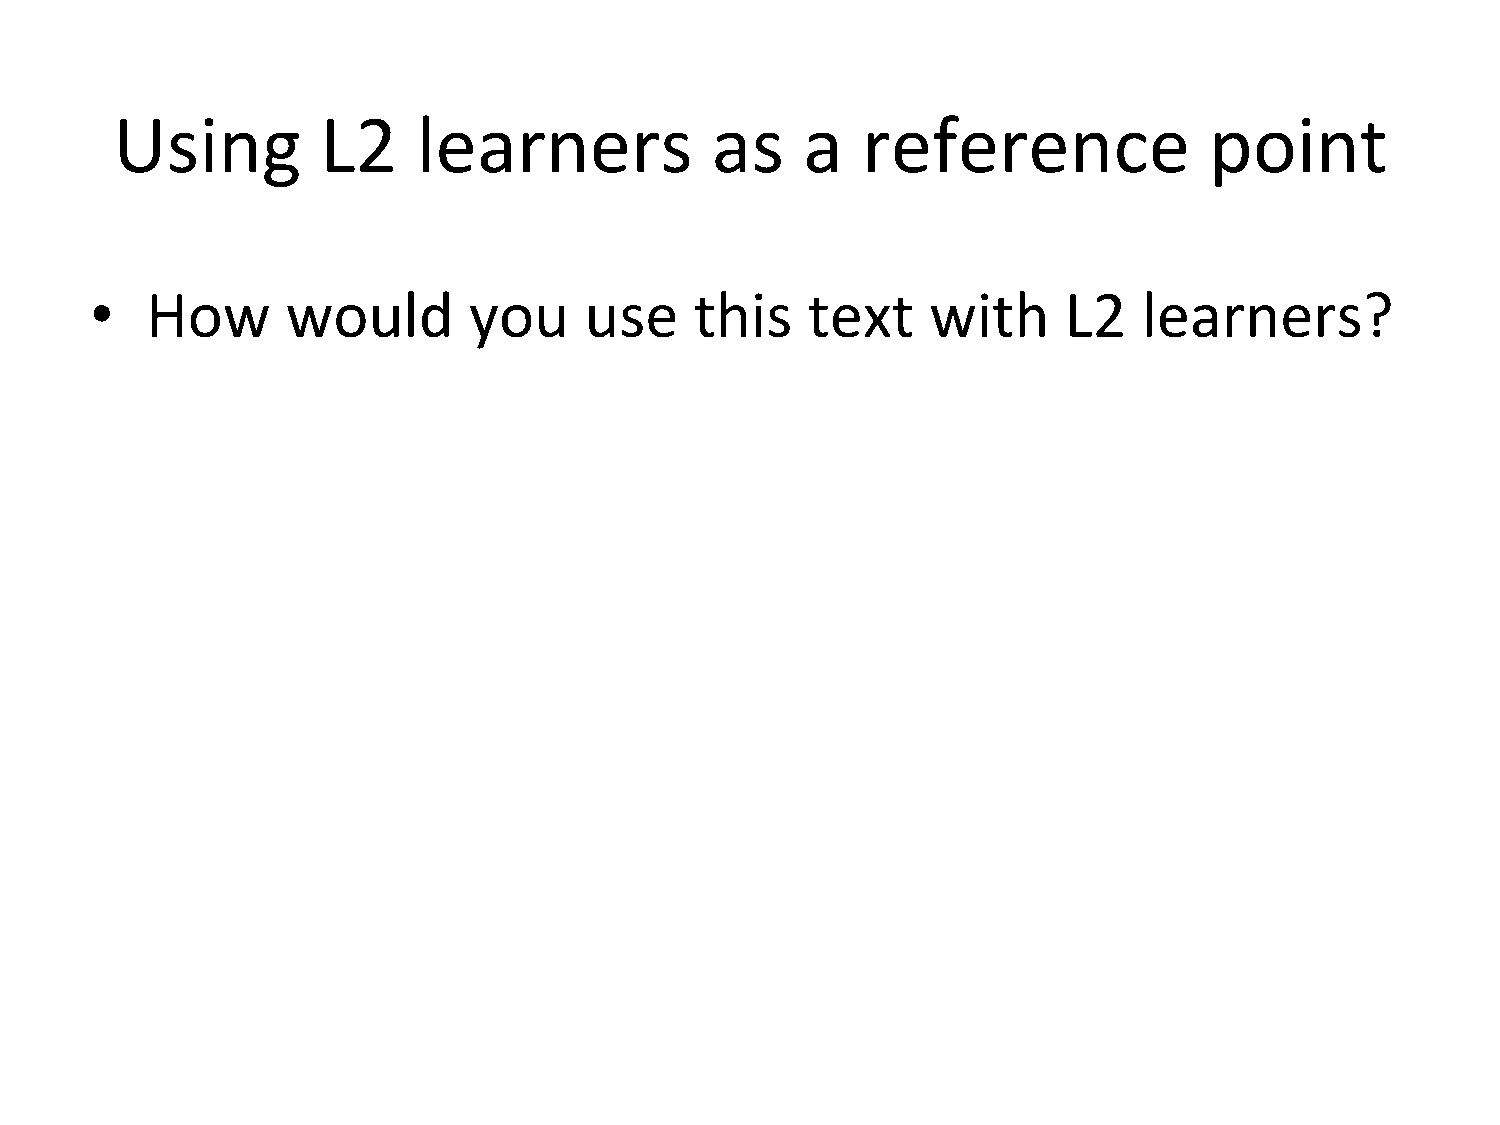
Using         L2     learners           as    a   reference              point
 •   How      would       you     use    this   text     with    L2    learners?